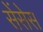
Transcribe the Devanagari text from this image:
सेंसेस